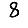
Digit: 8